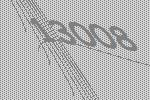
13008